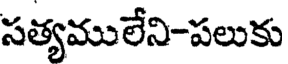
సత్యములేని-పలుకు